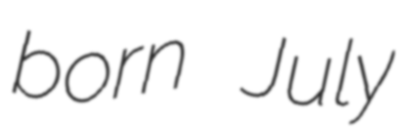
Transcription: born July